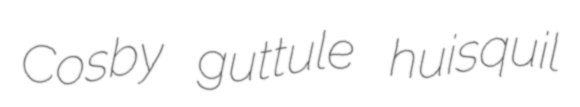
Cosby guttule huisquil